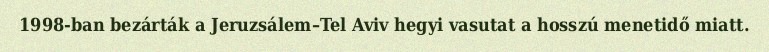
1998-ban bezárták a Jeruzsálem–Tel Aviv hegyi vasutat a hosszú menetidő miatt.